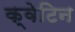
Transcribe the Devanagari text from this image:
क्वेटिन